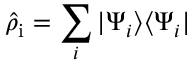
\hat { \rho } _ { \mathrm { i } } = \sum _ { i } | \Psi _ { i } \rangle \langle \Psi _ { i } |